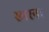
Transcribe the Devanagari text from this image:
स्मरना